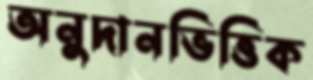
অনুদানভিত্তিক